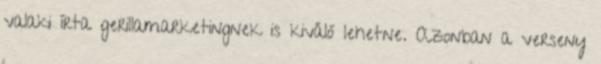
valaki írta gerillamarketingnek is kiváló lehetne. Azonban a verseny